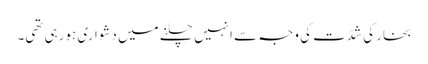
بخار کی شدّت کی وجہ سے انہیں چلنے میں دشواری ہورہی تھی۔